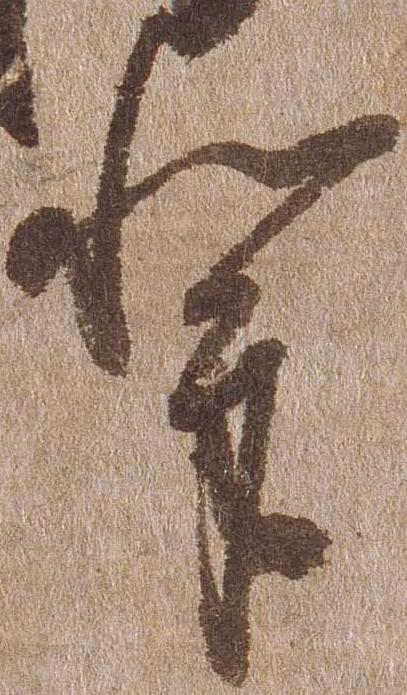
輩